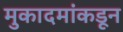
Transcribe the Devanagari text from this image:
मुकादमांकडून